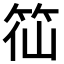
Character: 𥬍